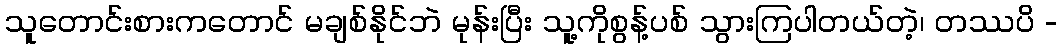
သူတောင်းစားကတောင် မချစ်နိုင်ဘဲ မုန်းပြီး သူ့ကိုစွန့်ပစ် သွားကြပါတယ်တဲ့၊ တဿပိ -